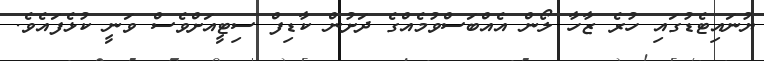
ޔުނައިޓެޑުގައި ހުރެ ޒާހާ ލޯން އެއްބަސްވުމެއްގެ ދަށުން ކާޑިފް ސިޓީއަށްވެސް ވަނީ ކުޅެފައެވެ.